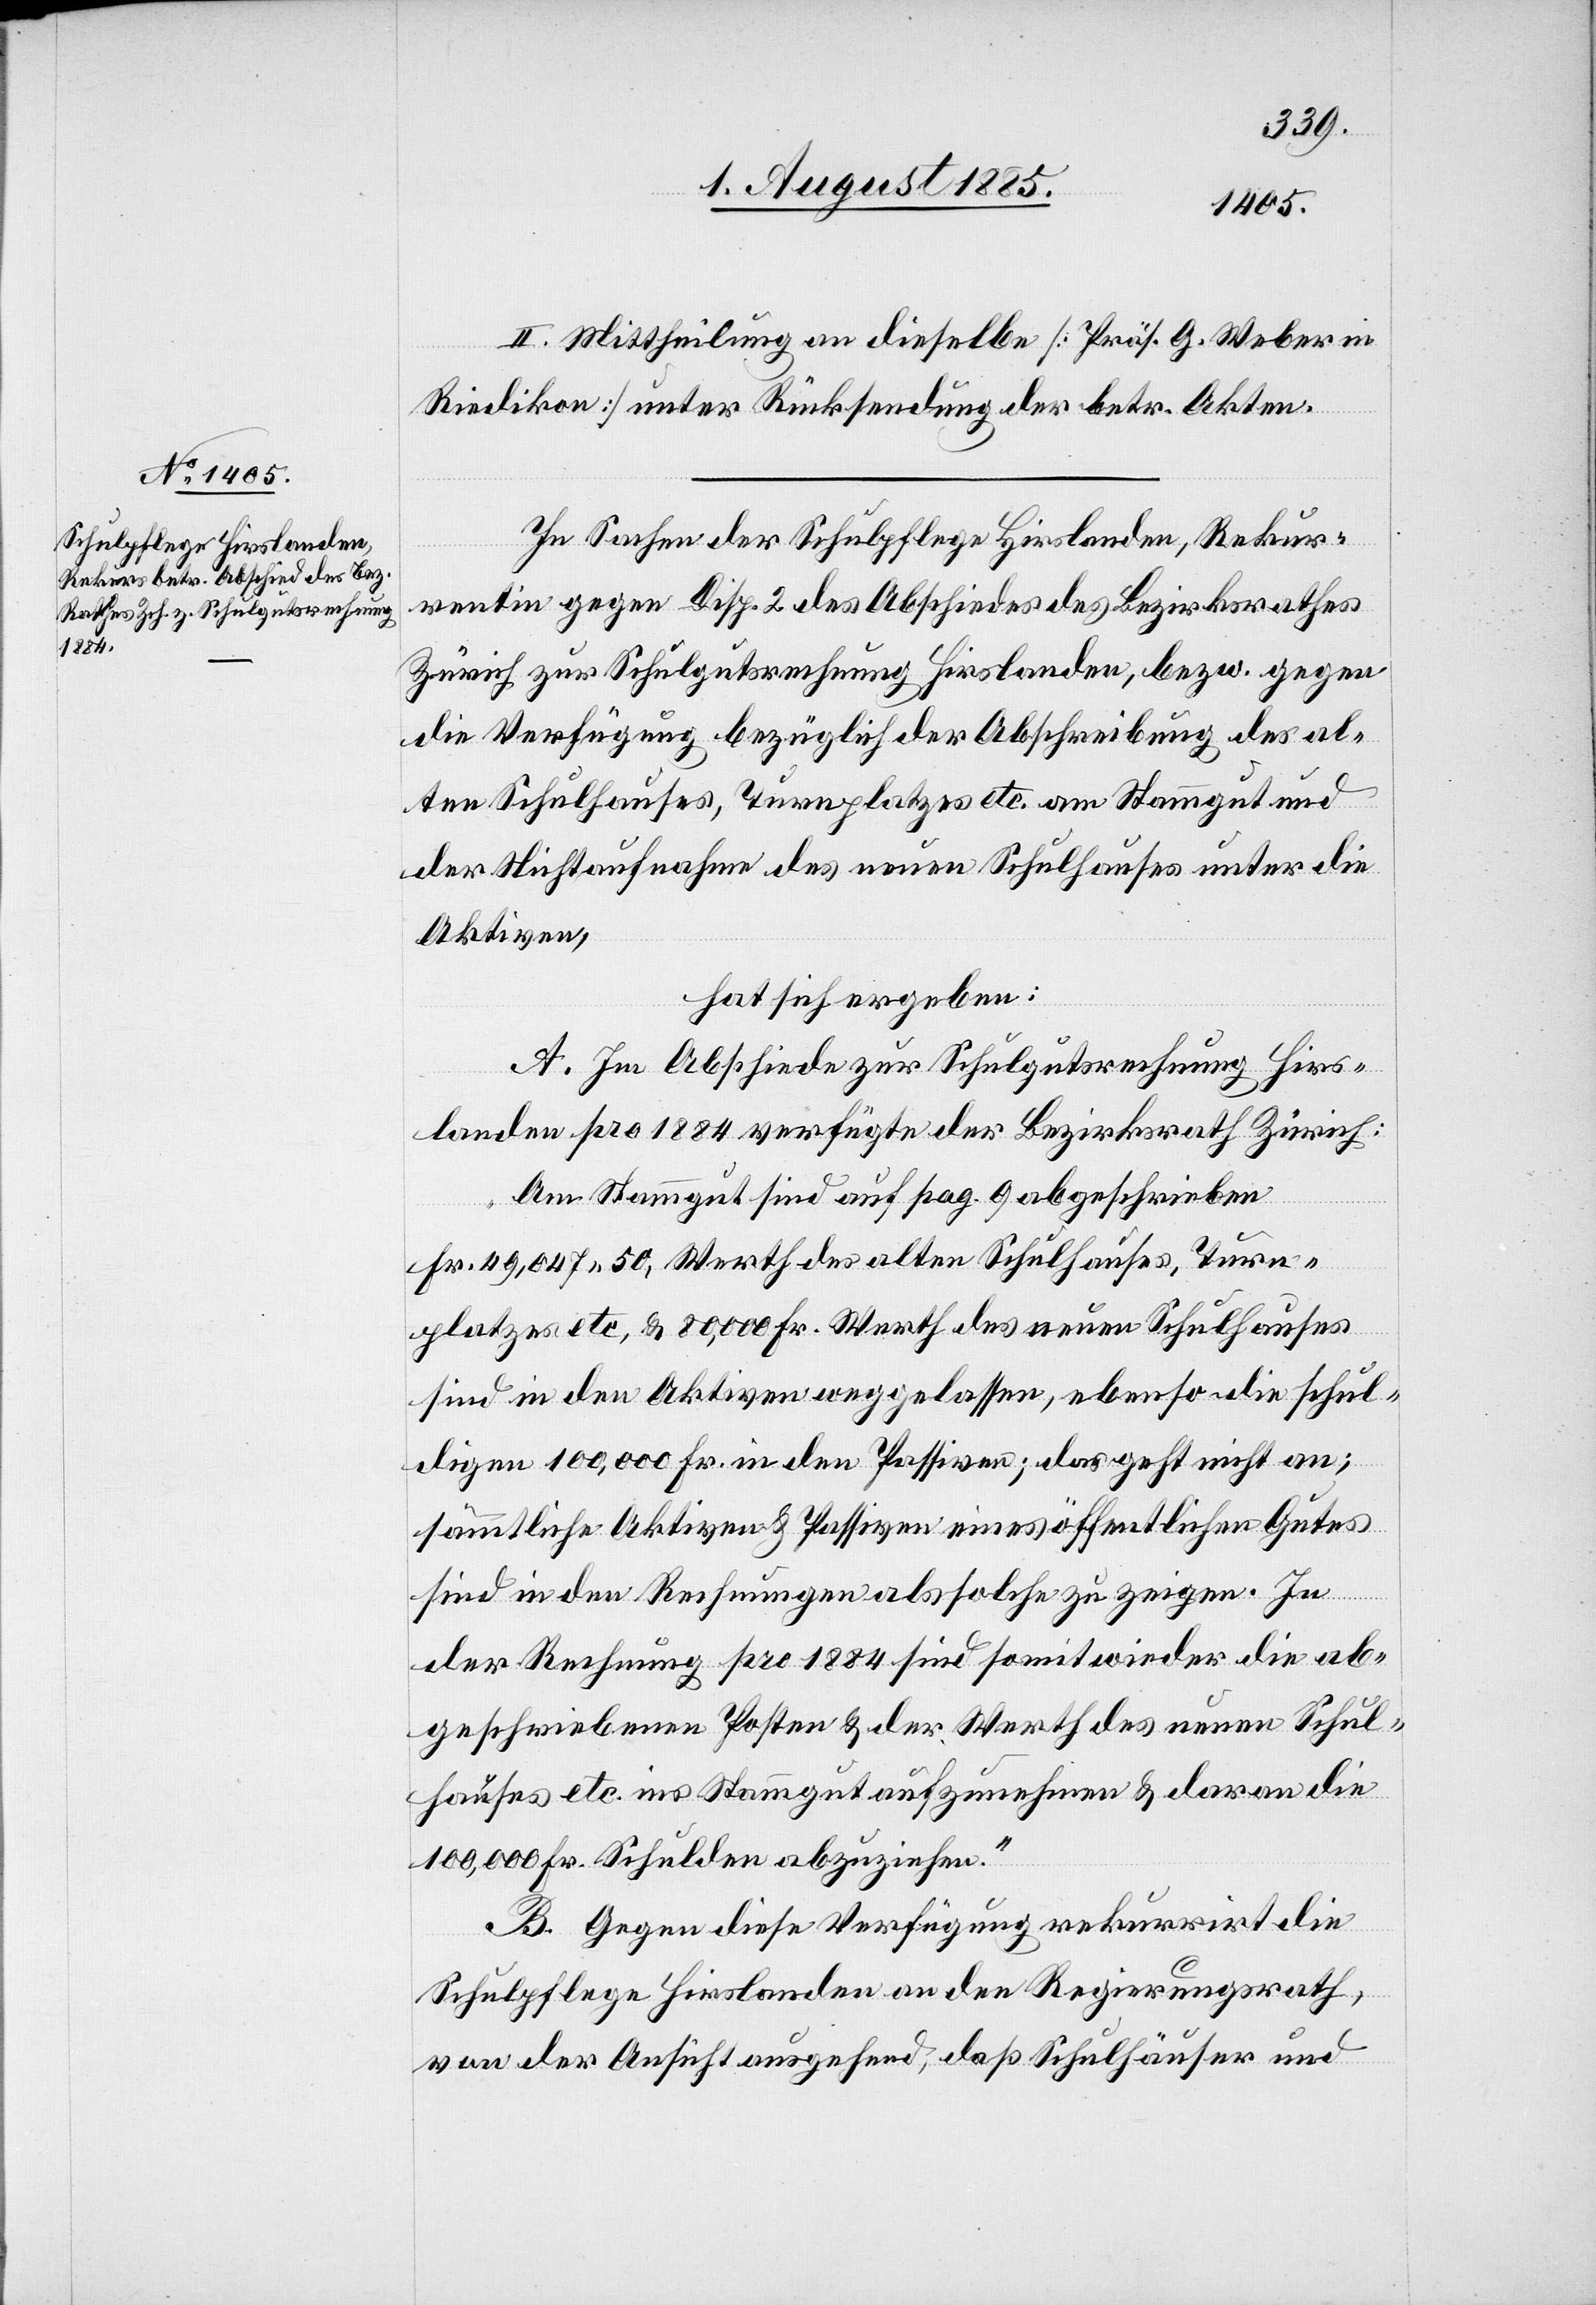
II. Mittheilung an dieselbe [Präs. G. Weber in
Riedikon] unter Rücksendung der betr. Akten.
In Sachen der Schulpflege Hirslanden, Rekur¬
rentin gegen Disp. 2 des Abschiedes des Bezirksrathes
Zürich zur Schulgutsrechnung Hirslanden, bezw. gegen
die Verfügung bezüglich der Abschreibung des al¬
ten Schulhauses, Turnplatzes etc. am Stammgut und
der Nichtaufnahme des neuen Schulhauses unter die
Aktiven,
hat sich ergeben:
A. Im Abschiede zur Schulgutsrechnung Hirs¬
landen pro 1884 verfügte der Bezirksrath Zürich:
„Am Stammgut sind auf pag. 9 abgeschrieben
Fr. 49,047 50, Werth des alten Schulhauses, Turn¬
platzes etc., & 80,000 Fr. Werth des neuen Schulhauses
sind in den Aktiven weggelassen, ebenso die schul¬
digen 100,000 Fr. in den Passiven; das geht nicht an;
sämmtliche Aktiven & Passiven eines öffentlichen Gutes
sind in den Rechnungen als solche zu zeigen. In
der Rechnung pro 1884 sind somit wieder die ab¬
geschriebenen Posten & der Werth des neuen Schul¬
hauses etc. ins Stammgut aufzunehmen & daran die
100,000 Fr. Schulden abzuziehen.“
B. Gegen diese Verfügung rekurrirt die
Schulpflege Hirslanden an den Regierungsrath,
von der Ansicht ausgehend, daß Schulhäuser und